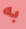
به